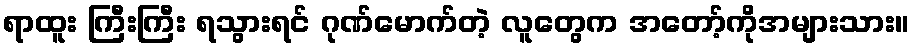
ရာထူး ကြီးကြီး ရသွားရင် ဂုဏ်မောက်တဲ့ လူတွေက အတော့်ကိုအများသား။